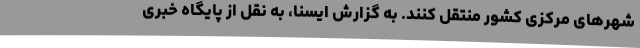
شهرهای مرکزی کشور منتقل کنند. به گزارش ایسنا، به نقل از پایگاه خبری